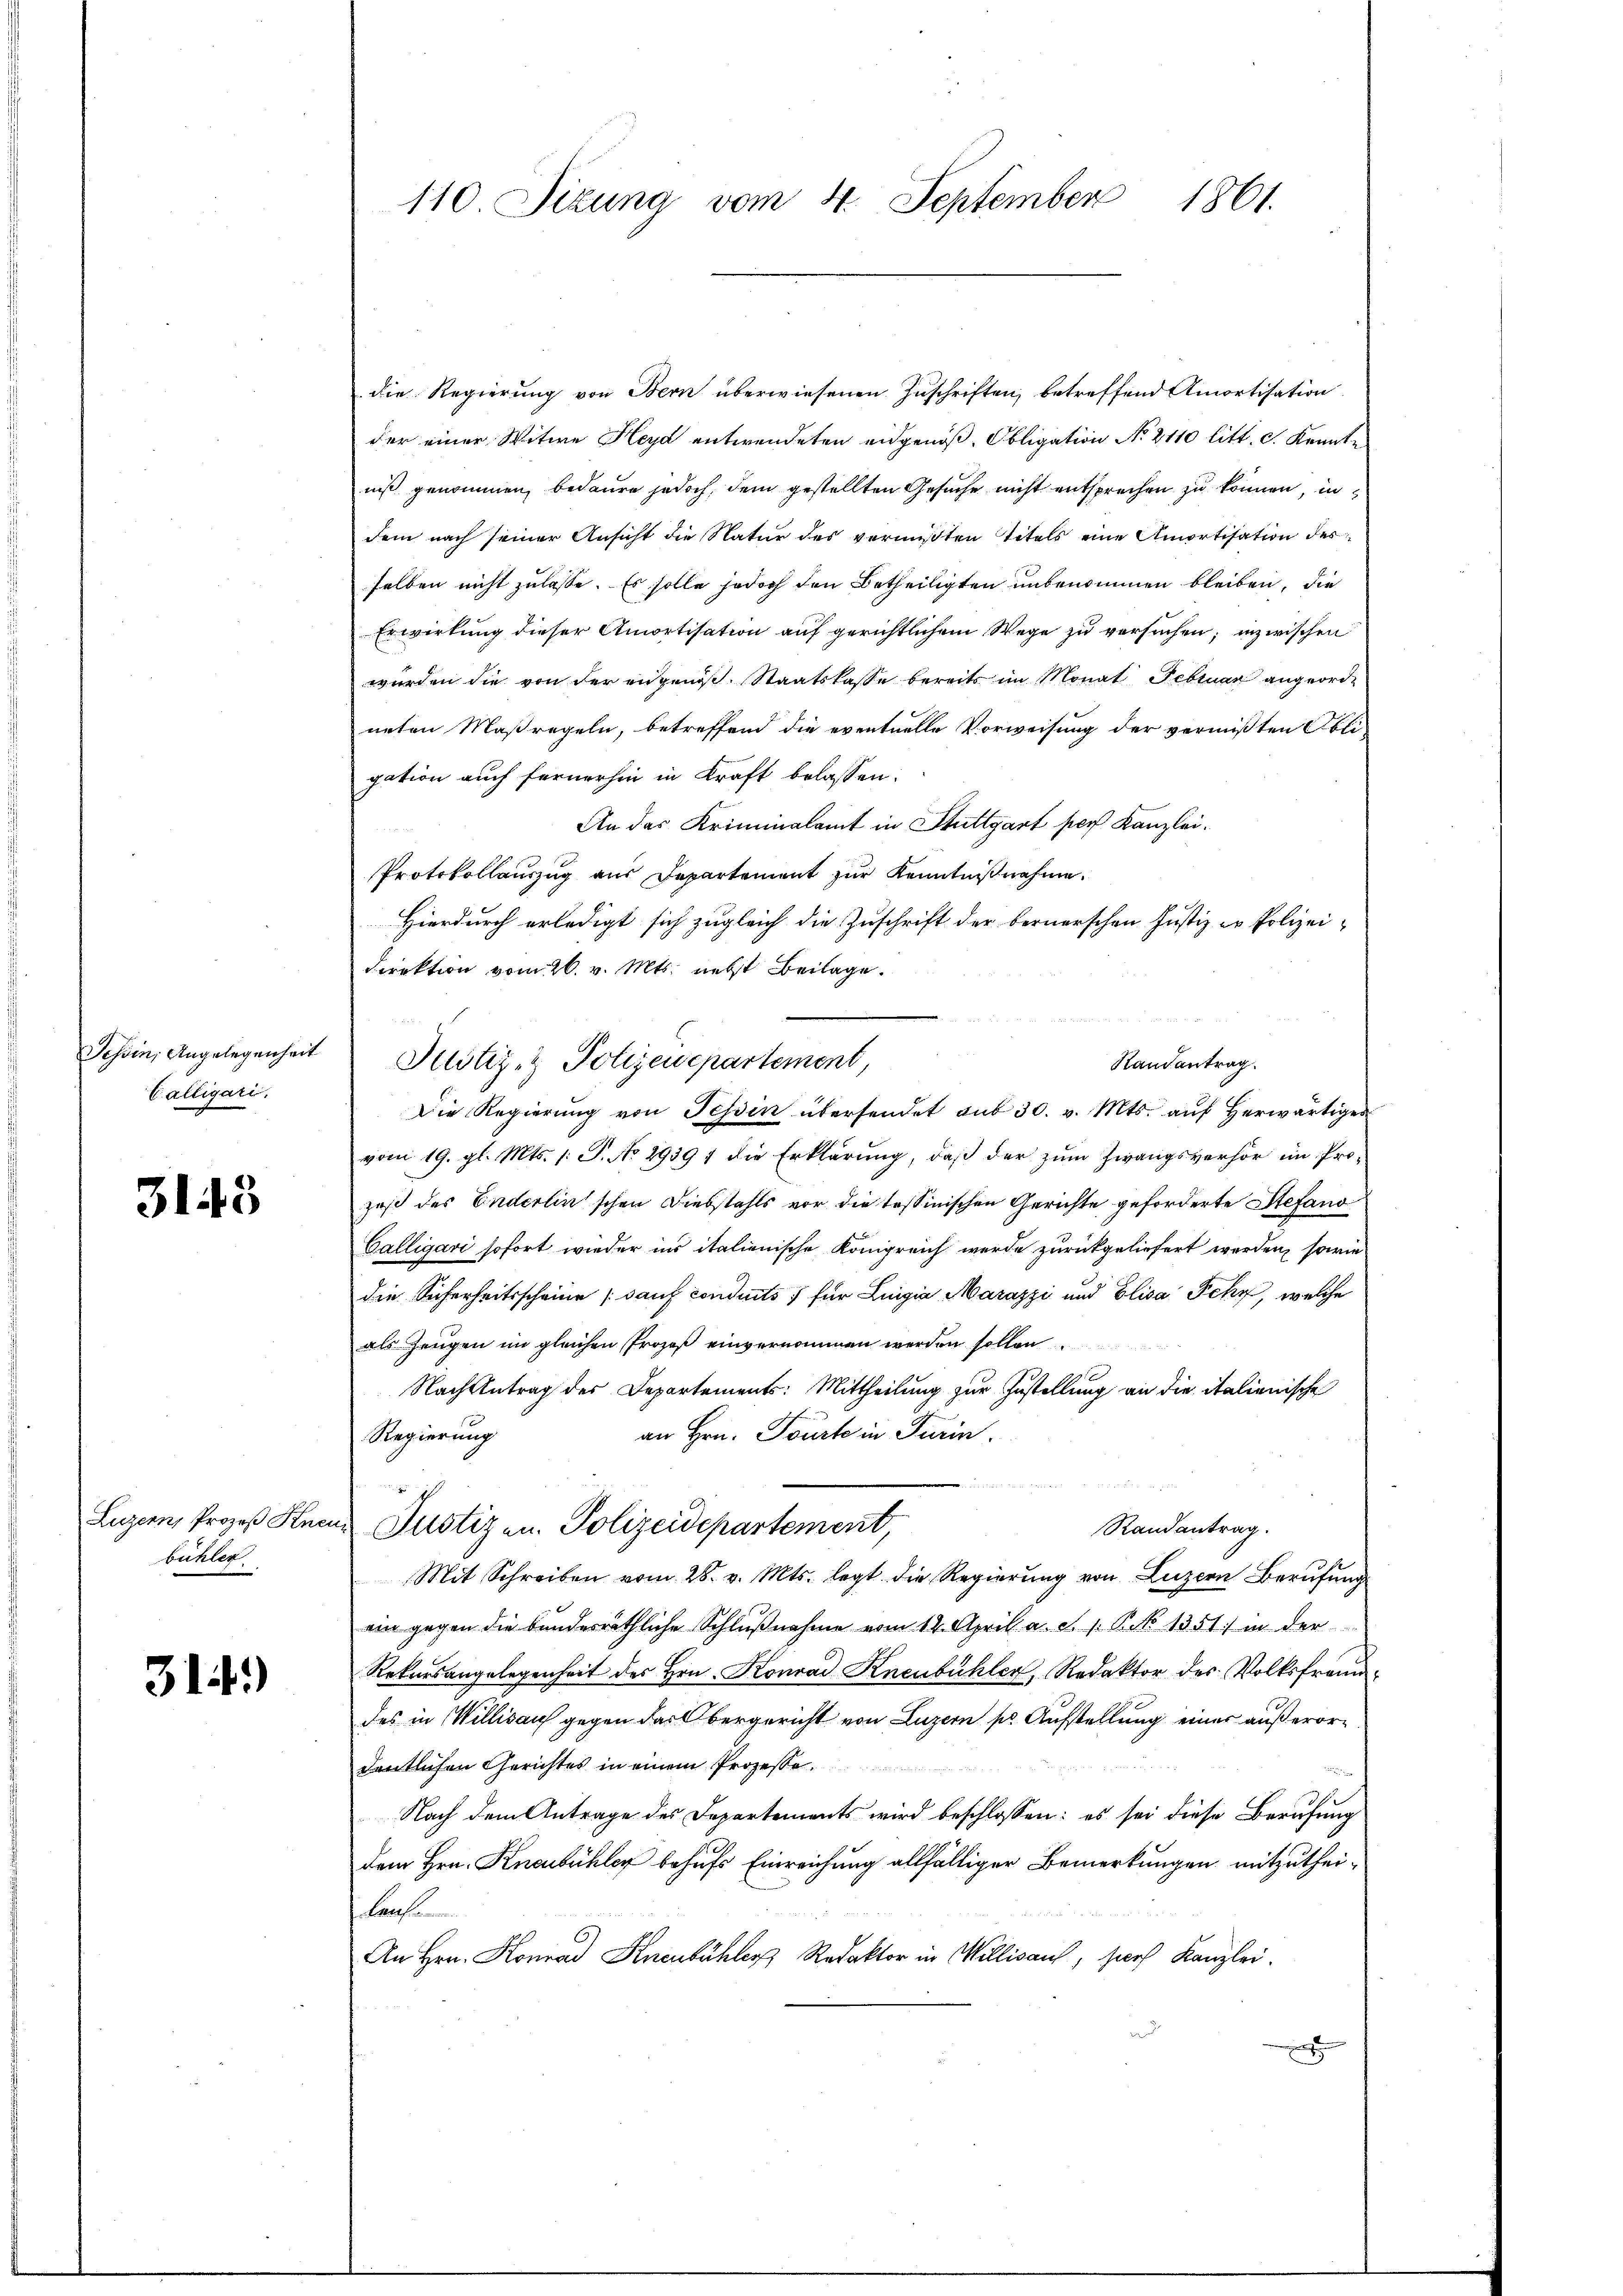
Calligari.

3143

Luzern, Prozeß Kn
bühler

314.)

110 Sizung vom 4. September 1861.

die Regierung von Bern überwiesenen Zuschriften, betreffend Amortisation
der einer Witwe Heya entwendeten eidgenöß. Obligation No 2110 litt. c. Kenntniß genommen, bedaure jedoch, dem gestellten Gesuche nicht entsprechen zu können, in
dem nach seiner Ansicht die Natur des vermißten Titels eine Amortisation des
selben nicht zulasse. Es solle jedoch den Betheiligten unbenommen bleiben, die
Erwirkung dieser Amortisation auf gerichtlichem Wege zu versuchen; inzwischen
wurden die von der engenos. Staatskasse bereits im Monat Februar angeorde
neten Maßregeln, betreffend die eventuelle Vorweisung der vermißten Obli
gation auch fernerhin in Kraft belassen:
An das Kriminalamt in Stuttgart per Kanzlei.
Protokollauszug aus Departement zur Kenntnißnahme.
Hierdurch erledigt sich zugleich die Zuschrift der bernerschen Justiz in Polizei-
Direktion vom 26. v. Mts. nebst Beilage.

Randantrag.
Die Regierŭng von Tessin übersendet aus 30. v. Mts. aŭf herwärtiges
vom 19. gl. Mts. 1. P. No 29391 die Erklärung, daß der zum Zwangsverhör im Prozoß des Enderlin schon Diebstahls vor die tessinischen Gerichte geforderte Stefand
Calligari sofort wieder ins italienische Königreich werde zurückgeliefert werden, sowie
die Sicherheitsscheine sauf conduits für Lingia Marazzi und Elisa Fchy, welche
als Zeugen im gleichen Prozeß einvernommen werden sollen
Nachzutrag des Departements: Mittheilung zur Zustellung an die italienische
an Hrn. Tourte in Turin.
Regierung
u
in Justizen. Polizeidepartement,
Randantrag.
Mit Schreiben vom 28. v. Mts. legt die Regierŭng von Luzern Berufung
ein gegen die bundesräthliche Schlußnahme vom 14. April a. c. 1. P. 1351 in der
Rekursangelegenheit des Hrn. Konrad Kneubühler, Redaktor des Volksfraudes in Willisauf gegen das Obergericht von Luzern pr. Aufstellung einer außerordeutlichen Gerichtes in einem Prozesso
Nach dem Antrage des Departements wird beschlossen: es sei diese Berufung
dem Hrn. Kneubuhler behufs Einreichung allfälliger Bemerkungen mitzutheilan
An Hrn. Konrad Knenbühler Redaktor in Millisau, sich Kanzlei.
x

Johin, Angelegenheit Justiz- & Polizeisepartement